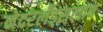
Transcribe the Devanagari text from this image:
नेदरलँड्सलाच